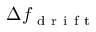
\Delta f _ { \mathrm { ~ d ~ r ~ i ~ f ~ t ~ } }